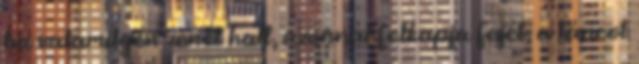
ha valamilyen zenét hall, azonnal felkapja fejét, a táncot